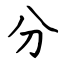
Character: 分